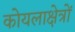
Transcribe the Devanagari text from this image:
कोयलाक्षेत्रों